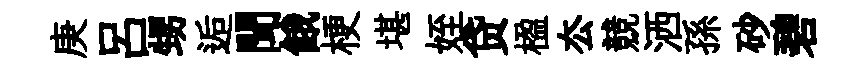
庚吕甥逅聞餓梗堪姪贷楹厺競洒孫砂碧